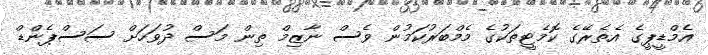
އެމްޑީޕީގެ އެތެރޭގެ ކޮމެޓީތަކުގެ މެމްބަރުކަމުން ވެސް ނާޒިމް ތިން މަސް ދުވަހަށް ސަސްޕެންޑް